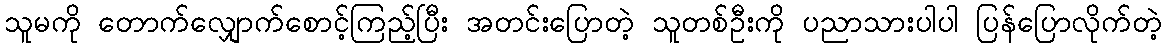
သူမကို တောက်လျှောက်စောင့်ကြည့်ပြီး အတင်းပြောတဲ့ သူတစ်ဦးကို ပညာသားပါပါ ပြန်ပြောလိုက်တဲ့